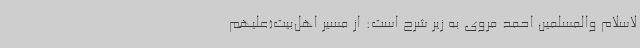
لاسلام والمسلمین احمد مروی به زیر شرح است: از مسیر اهل‌بیت(علیهم‌